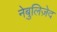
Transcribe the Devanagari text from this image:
नेबुलिज़ेद